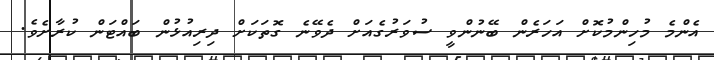
އެންމެ މުހިންމުކޮށް އަހަރެން ބޭނުންވީ ސުވަރުގެއަށް ދެވޭނެ ގޮތަކަށް ދިރިއުޅުން ބައްޓަން ކުރާށެވެ.